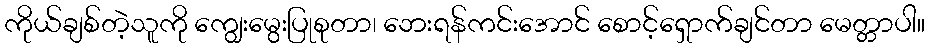
ကိုယ်ချစ်တဲ့သူကို ကျွေးမွေးပြုစုတာ၊ ဘေးရန်ကင်းအောင် စောင့်ရှောက်ချင်တာ မေတ္တာပါ။